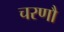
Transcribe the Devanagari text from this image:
चरणौ